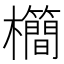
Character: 𣠰